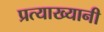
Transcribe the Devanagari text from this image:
प्रत्याख्यानी